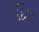
દિવા